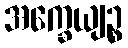
အက္ခေယျဉ္စ